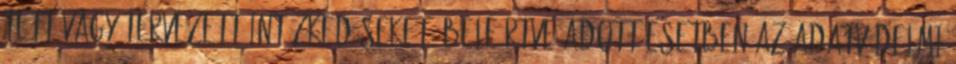
tett vagy tervezett intézkedéseket, beleértve adott esetben az adatvédelmi